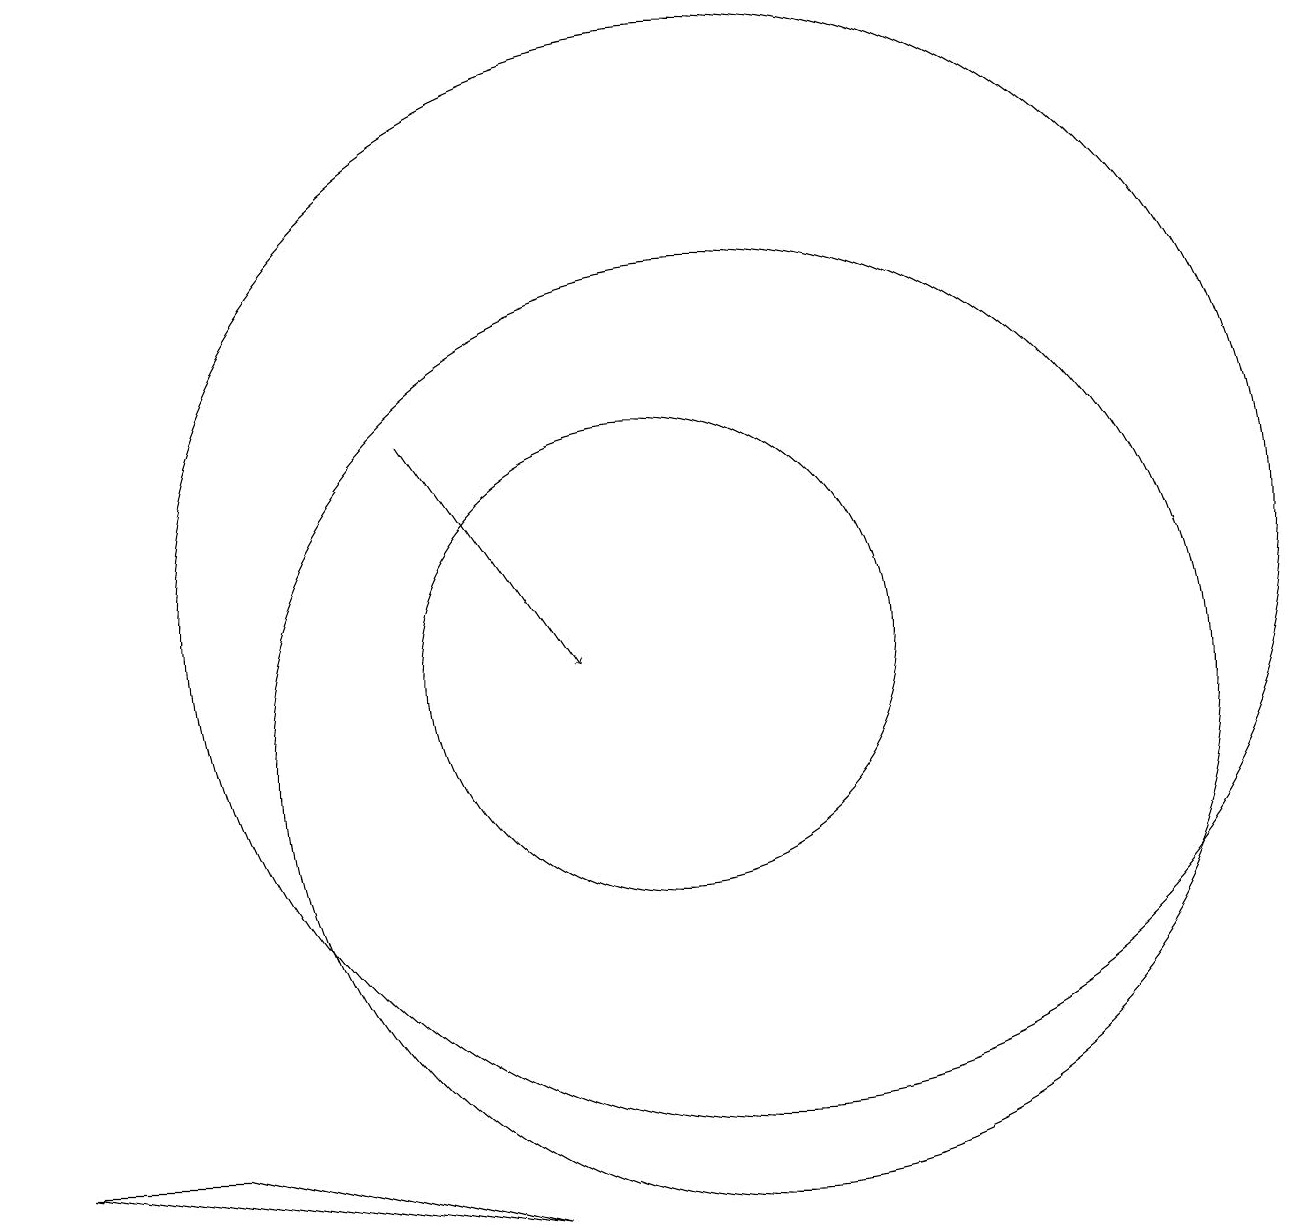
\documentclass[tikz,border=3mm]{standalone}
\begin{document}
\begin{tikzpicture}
\draw (11,10) circle (0);
\draw (11,12) circle (7);
\draw (11,10) circle (6);
\draw[->] (7,14) -- (9,11);
\draw (4,5) -- (2,5) -- (8,4) -- cycle;
\draw (10,11) circle (3);
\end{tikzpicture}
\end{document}